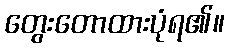
တွေးတောထားပုံရ၏။